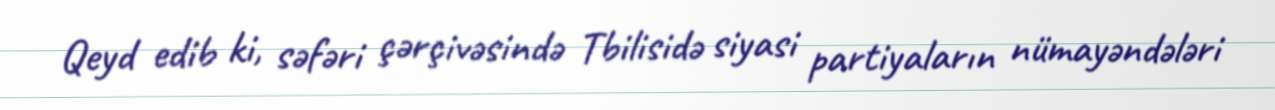
Qeyd edib ki, səfəri çərçivəsində Tbilisidə siyasi partiyaların nümayəndələri